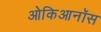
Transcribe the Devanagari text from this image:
ओकिआनॉस